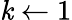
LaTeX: \mathit{k}\gets1